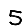
Digit: 5